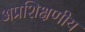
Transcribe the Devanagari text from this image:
अप्रशिक्षणीय